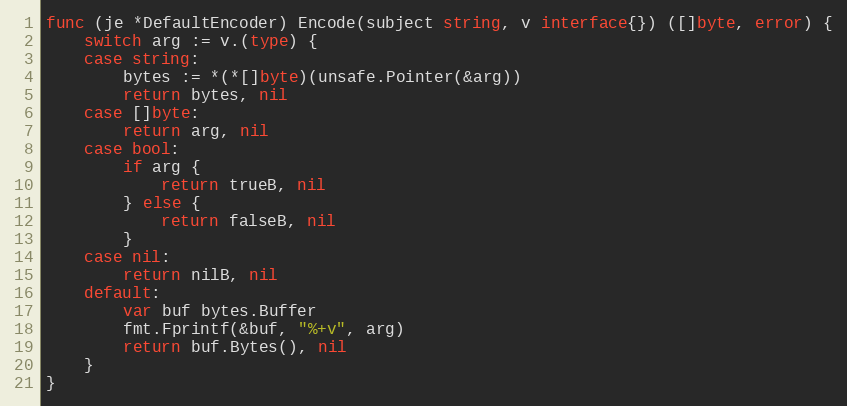
Language: Go
func (je *DefaultEncoder) Encode(subject string, v interface{}) ([]byte, error) {
	switch arg := v.(type) {
	case string:
		bytes := *(*[]byte)(unsafe.Pointer(&arg))
		return bytes, nil
	case []byte:
		return arg, nil
	case bool:
		if arg {
			return trueB, nil
		} else {
			return falseB, nil
		}
	case nil:
		return nilB, nil
	default:
		var buf bytes.Buffer
		fmt.Fprintf(&buf, "%+v", arg)
		return buf.Bytes(), nil
	}
}